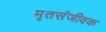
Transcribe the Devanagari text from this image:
मृतसंजीवक